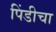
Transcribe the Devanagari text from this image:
पिंडीचा